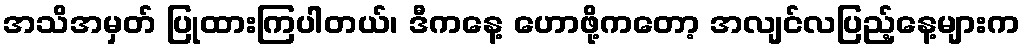
အသိအမှတ် ပြုထားကြပါတယ်၊ ဒီကနေ့ ဟောဖို့ကတော့ အလျင်လပြည့်နေ့များက